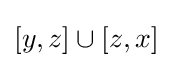
[y,z]\cup [z,x]